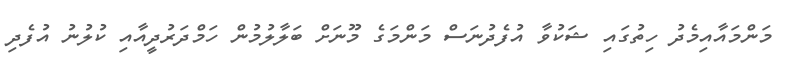
މަންމައާއިމެދު ހިތުގައި ޝަކުވާ އުފެދުނަސް މަންމަގެ މޫނަށް ބަލާލުމުން ހަމްދަރުދީއާއި ކުލުނު އުފެދި